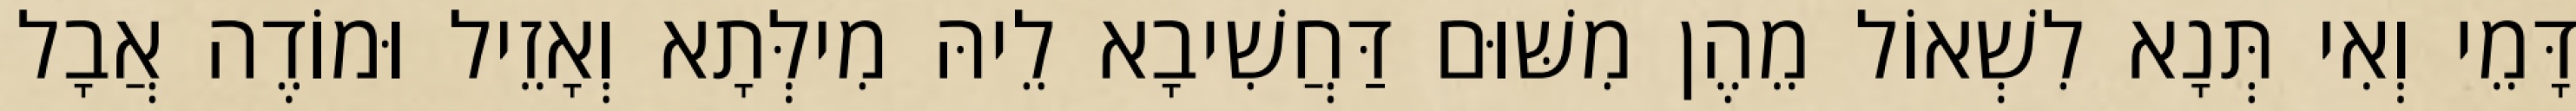
דָּמֵי וְאִי תְּנָא לִשְׁאוֹל מֵהֶן מִשּׁוּם דַּחֲשִׁיבָא לֵיהּ מִילְּתָא וְאָזֵיל וּמוֹדֶה אֲבָל